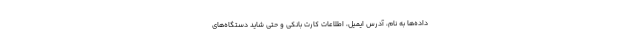
داده‌ها به نام، آدرس ایمیل، اطلاعات کارت بانکی و حتی شاید دستگاه‌های